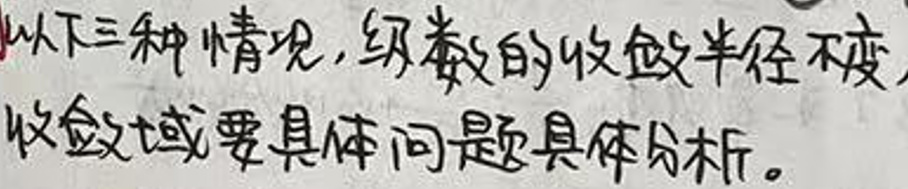
以下三种情况，级数的收敛半径不变，收敛域要具体问题具体分析。